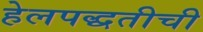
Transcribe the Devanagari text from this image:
हेलपद्धतीची